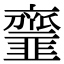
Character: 𩐓